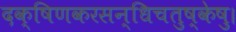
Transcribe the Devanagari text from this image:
दक्षिणकरसन्धिचतुष्केषु।